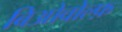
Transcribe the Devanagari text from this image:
बिओवोल्फ़